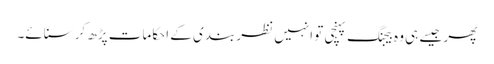
پھر جیسے ہی وہ بیجنگ پہنچی تو انہیں نظر بندی کے احکامات پڑھ کر سنائے۔